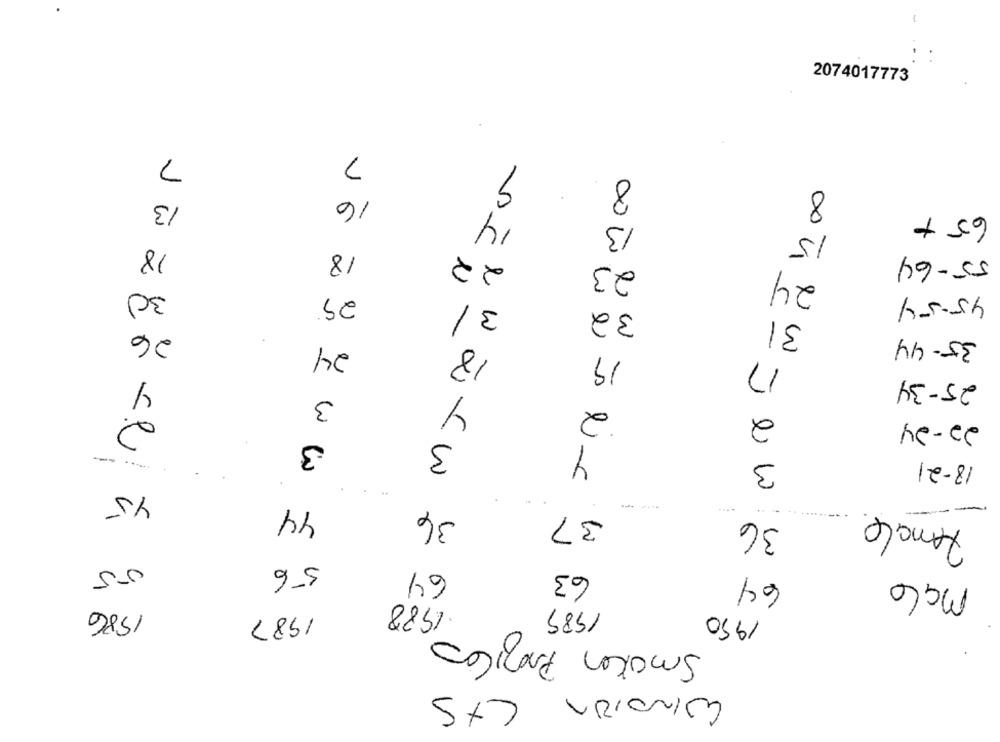
2074017773
7
7
9
8
13
16
14
65 +
13
15
18
18
22
55-64
23
24
30)
29
45.54
31
32
31
26
35-44
24
18
19
17
4
25-34
3
4
2
2
2
22-24
3
3
y
18-21
3
45
44
34
37
36
Female
55
56
64
63
64
malo
1988
1989
1986
1950
1987
Smaken Proficas
LtS